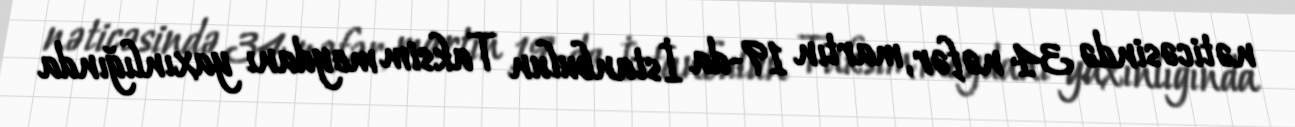
nəticəsində 34 nəfər, martın 19-da İstanbulun Taksim meydanı yaxınlığında